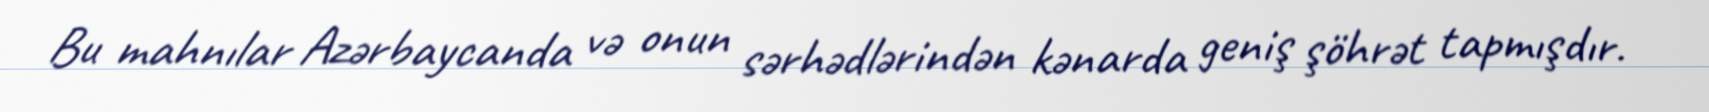
Bu mahnılar Azərbaycanda və onun sərhədlərindən kənarda geniş şöhrət tapmışdır.